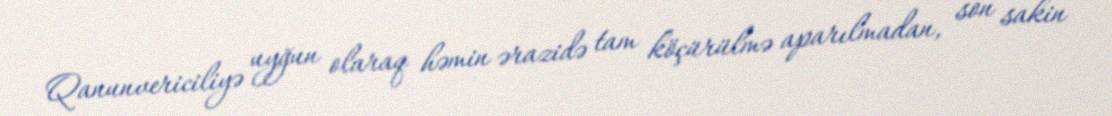
Qanunvericiliyə uyğun olaraq həmin ərazidə tam köçürülmə aparılmadan, son sakin